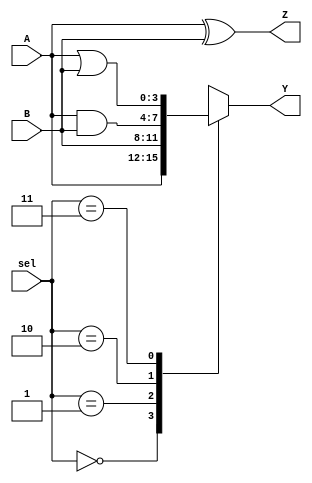
module combinational_logic(
    input wire [3:0] A,      // 4-bit input A
    input wire [3:0] B,      // 4-bit input B
    input wire [1:0] sel,    // 2-bit select input for multiplexing
    output reg [3:0] Y,      // 4-bit output Y
    output reg [3:0] Z       // Another 4-bit output Z
);

// Combinational logic block
always @(*) begin
    // Multiplexer logic based on the select input
    case (sel)
        2'b00: Y = A;              // If sel is 00, output A
        2'b01: Y = B;              // If sel is 01, output B
        2'b10: Y = A & B;          // If sel is 10, output A AND B
        2'b11: Y = A | B;          // If sel is 11, output A OR B
        default: Y = 4'b0000;      // Default case
    endcase

    // Example of another output Z based on inputs A and B
    Z = A ^ B;                    // Output Z as A XOR B
end

endmodule